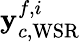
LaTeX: {\mathbf{y}}_{c,\mathrm{WSR}}^{f,i}